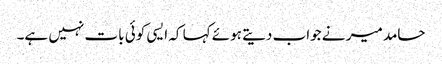
حامد میر نے جواب دیتے ہوئے کہا کہ ایسی کوئی بات نہیں ہے۔